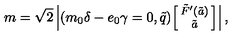
m = \sqrt { 2 } \left| ( m _ { 0 } \delta - e _ { 0 } \gamma = 0 , \tilde { q } ) { \footnotesize \left[ \! \! \begin{array} { c } { \tilde { F } ^ { \prime } ( \tilde { a } ) } \\ { \tilde { a } } \\ \end{array} \! \! \right] } \right| ,